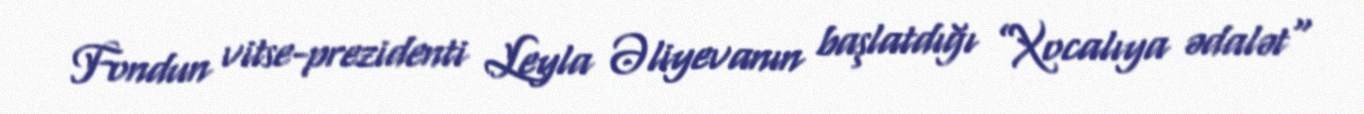
Fondun vitse-prezidenti Leyla Əliyevanın başlatdığı ”Xocalıya ədalət"